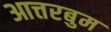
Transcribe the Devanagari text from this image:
आत्तरबुम